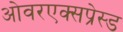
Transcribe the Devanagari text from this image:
ओवरएक्सप्रेस्ड